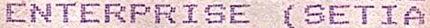
ENTERPRISE (SETIA